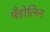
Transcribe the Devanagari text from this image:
मँडोलिन